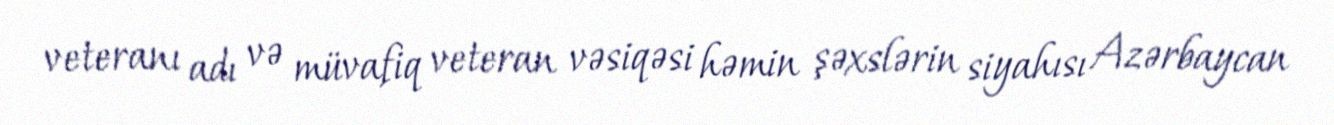
veteranı adı və müvafiq veteran vəsiqəsi həmin şəxslərin siyahısı Azərbaycan